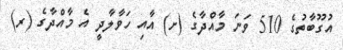
އުގޫބާތުގެ 510 ވަނަ މާއްދާގެ (ށ) އާއި ހަވާލާދީ އެ މާއްދާގެ (ރ)